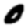
Digit: 0